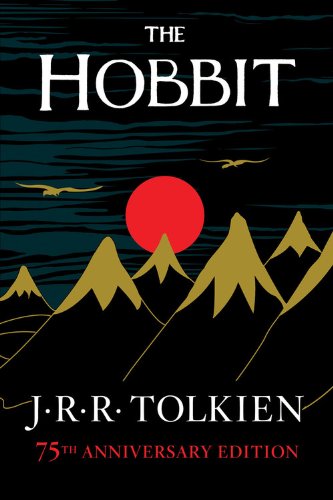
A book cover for The Hobbit; J. R. R. Tolkien; Science Fiction & Fantasy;